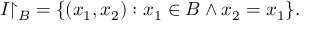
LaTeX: I { \upharpoonright _ { B } } = \{ ( x _ { 1 } , x _ { 2 } ) : x _ { 1 } \in B \land x _ { 2 } = x _ { 1 } \} .